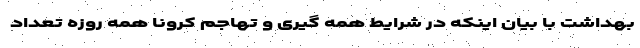
بهداشت با بیان اینکه در شرایط همه گیری و تهاجم کرونا همه روزه تعداد